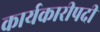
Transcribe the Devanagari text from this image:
कार्यकारीपदी